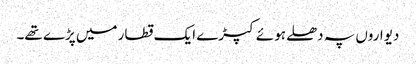
دیواروں پہ دھلے ہوئے کپڑے ایک قطار میں پڑے تھے۔